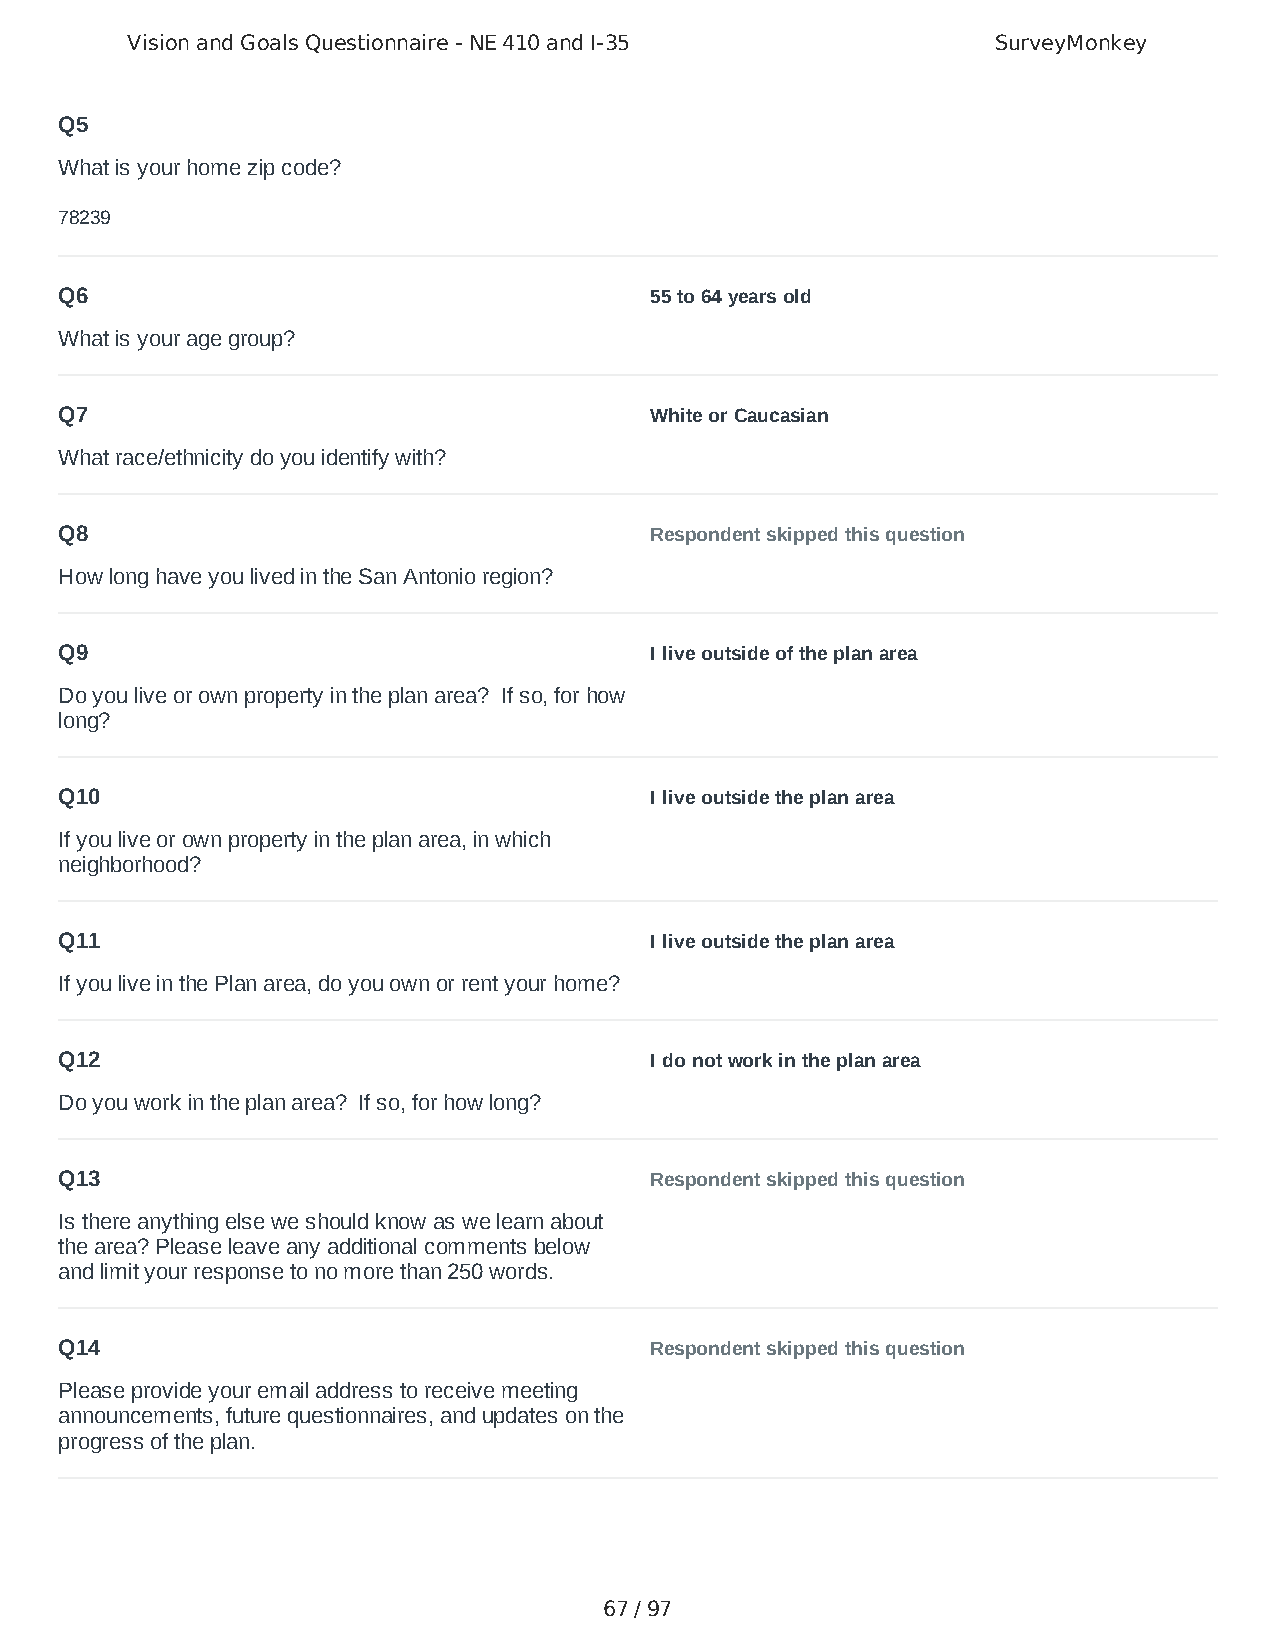
Vision and Goals Questionnaire - NE 410 and I-35          SurveyMonkey
 Q5
 What is your home zip code?
 78239
 Q6                                     55 to 64 years old
 What is your age group?
 Q7                                     White or Caucasian
 What race/ethnicity do you identify with?
 Q8                                     Respondent skipped this question
 How long have you lived in the San Antonio region?
 Q9                                     I live outside of the plan area
 Do you live or own property in the plan area? If so, for how
 long?
 Q10                                    I live outside the plan area
 If you live or own property in the plan area, in which
 neighborhood?
 Q11                                    I live outside the plan area
 If you live in the Plan area, do you own or rent your home?
 Q12                                    I do not work in the plan area
 Do you work in the plan area? If so, for how long?
 Q13                                    Respondent skipped this question
 Is there anything else we should know as we learn about
 the area? Please leave any additional comments below
 and limit your response to no more than 250 words.
 Q14                                    Respondent skipped this question
 Please provide your email address to receive meeting
 announcements, future questionnaires, and updates on the
 progress of the plan.
 67 / 97